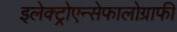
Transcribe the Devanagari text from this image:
इलेक्ट्रोएन्सेफालोग्राफी